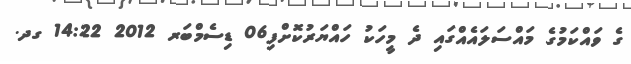
ގެ ވައްކަމުގެ މައްސަލައެއްގައި ދެ މީހަކު ހައްޔަރުކޮށްފި06 ޑިސެމްބަރ 2012 14:22 ގދ.